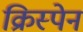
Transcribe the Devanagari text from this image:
क्रिस्पेन